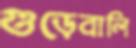
গুড়েবালি